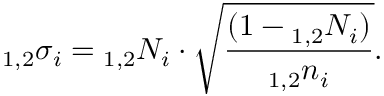
_ { 1 , 2 } \sigma _ { i } = { _ { 1 , 2 } N _ { i } \cdot \sqrt { \frac { ( 1 - { _ { 1 , 2 } N _ { i } } ) } { { _ { 1 , 2 } n _ { i } } } } } .